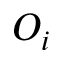
O _ { i }